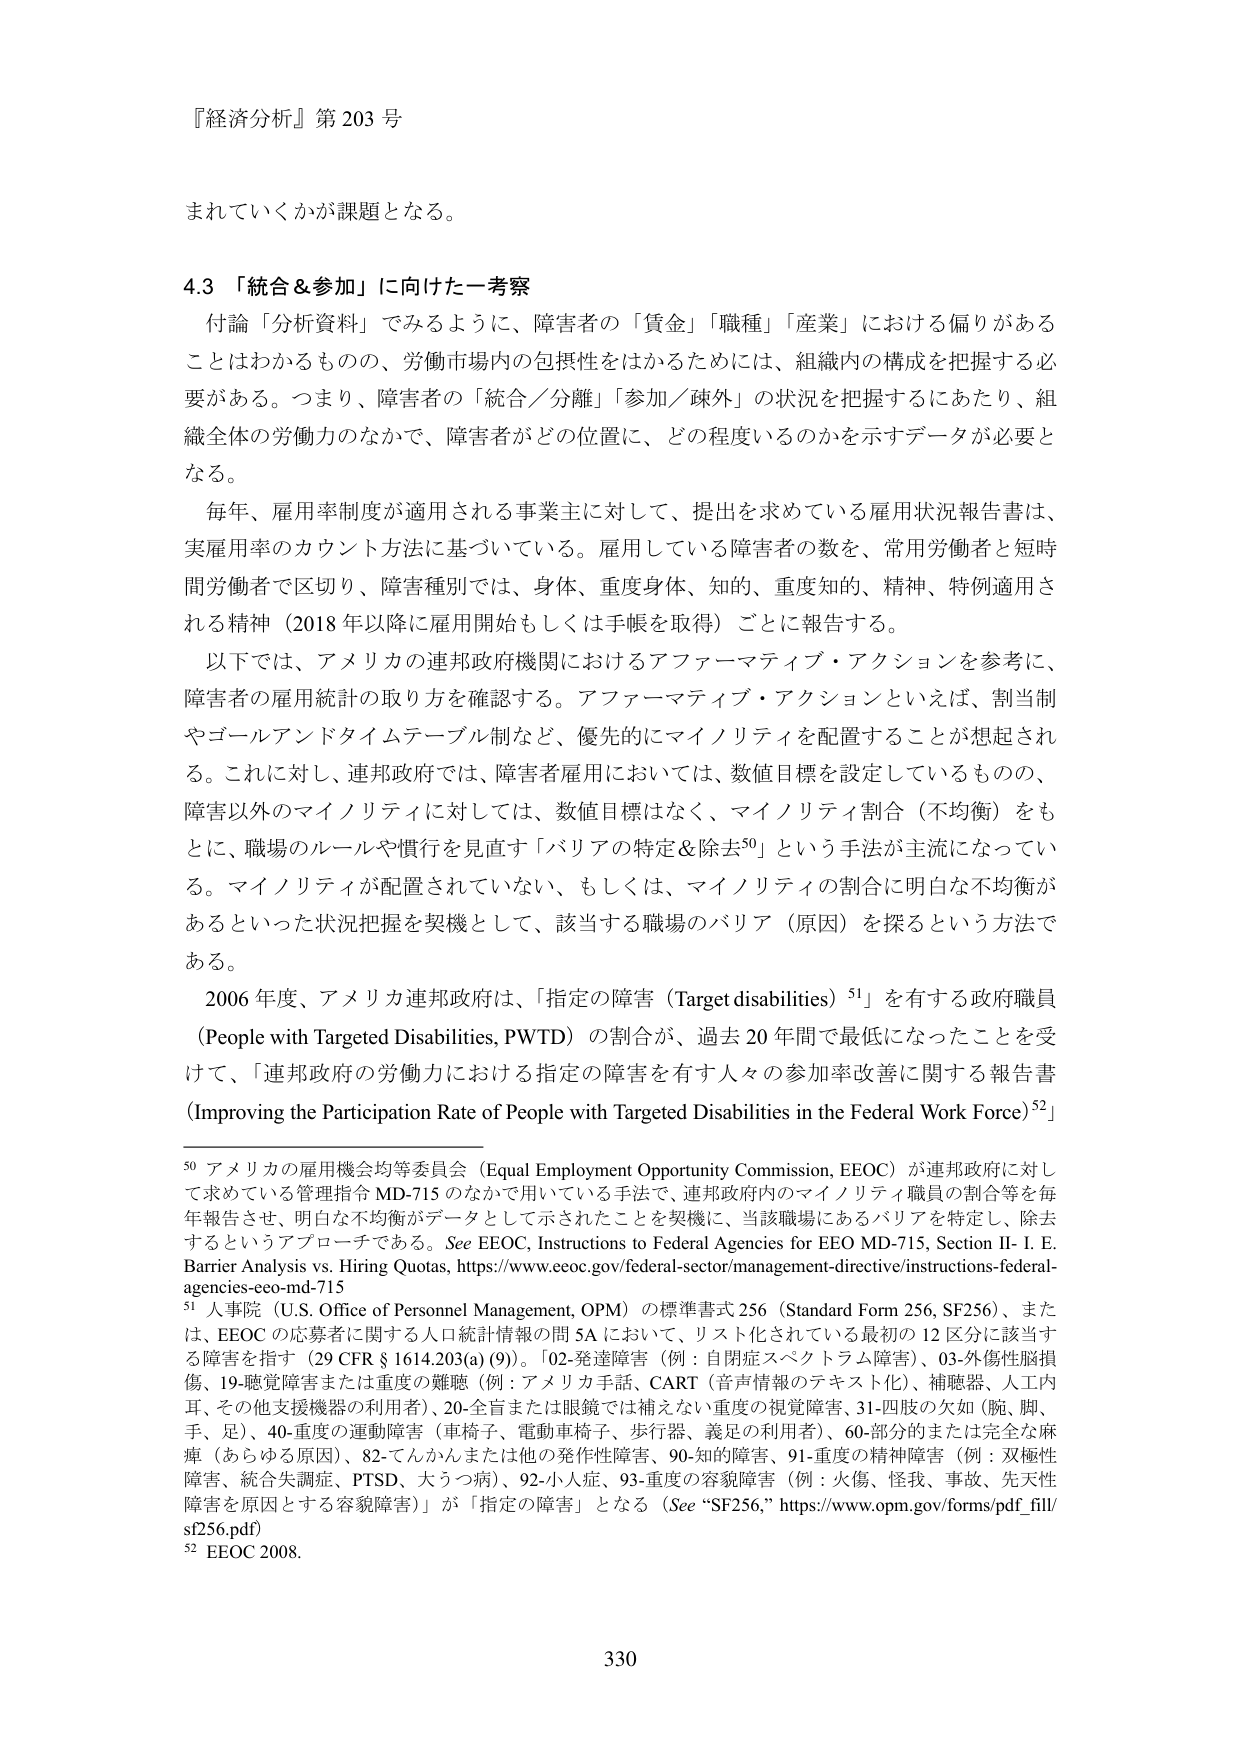
『経済分析』第203号

まれていくかが課題となる。

4.3 「統合＆参加」に向けた一考察

付論「分析資料」でみるように、障害者の「賃金」「職種」「産業」における偏りがあることはわかるものの、労働市場内の包摂性をはかるためには、組織内の構成を把握する必要がある。つまり、障害者の「統合／分離」「参加／疎外」の状況を把握するにあたり、組織全体の労働力のなかで、障害者がどの位置に、どの程度いるのかを示すデータが必要となる。

毎年、雇用率制度が適用される事業主に対して、提出を求めていている雇用状況報告書は、実雇用率のカウント方法に基づいている。雇用している障害者の数を、常用労働者と短時間労働者で区切り、障害種別では、身体、重度身体、知的、重度知的、精神、特例適用される精神（2018年以降に雇用開始もしくは手帳を取得）ごとに報告する。

以下では、アメリカの連邦政府機関におけるアファーマティブ・アクションを参考に、障害者の雇用統計の取り方を確認する。アファーマティブ・アクションといえば、割当制やゴールアンドタイムテーブル制など、優先的にマイノリティを配置することが想起される。これに対し、連邦政府では、障害者雇用においては、数値目標を設定しているものの、障害以外のマイノリティに対しては、数値目標はなく、マイノリティ割合（不均衡）をもとに、職場のルールや慣行を見直す「バリアの特定＆除去⁵⁰」という手法が主流になっている。マイノリティが配置されていない、もしくは、マイノリティの割合に明白な不均衡があるといった状況把握を契機として、該当する職場のバリア（原因）を探るという方法である。

2006年度、アメリカ連邦政府は、「指定の障害（Target disabilities）⁵¹」を有する政府職員（People with Targeted Disabilities, PWTD）の割合が、過去20年間で最低になったことを受けて、「連邦政府の労働力における指定の障害を有する人々の参加率改善に関する報告書（Improving the Participation Rate of People with Targeted Disabilities in the Federal Work Force）⁵²」

⁵⁰ アメリカの雇用機会均等委員会（Equal Employment Opportunity Commission, EEOC）が連邦政府に対して求めている管理指令MD-715のなかで用いている手法で、連邦政府内のマイノリティ職員の割合等を毎年報告させ、明白な不均衡がデータとして示されたことを契機に、当該職場にあるバリアを特定し、除去するというアプローチである。See EEOC, Instructions to Federal Agencies for EEO MD-715, Section II-1. E. Barrier Analysis vs. Hiring Quotas, https://www.eeoc.gov/federal-sector/management-directive/instructions-federal-agencies-eeo-md-715

⁵¹ 人事院（U.S. Office of Personnel Management, OPM）の標準書式256（Standard Form 256, SF256）、または、EEOCの応募者に関する人口統計情報の問5Aにおいて、リスト化されている最初の12区分に該当する障害を指す（29 CFR § 1614.203(a)(9)）。「02-発達障害（例：自閉症スペクトラム障害）、03-外傷性脳損傷、19-聴覚障害または重度の難聴（例：アメリカ手話、CART（音声情報のテキスト化）、補聴器、人工内耳、その他支援機器の利用者）、20-全盲または眼鏡では補えない重度の視覚障害、31-四肢の欠如（腕、脚、手、足）、40-重度の運動障害（車椅子、電動車椅子、歩行器、義足の利用者）、60-部分的または完全な麻痺（あらゆる原因）、82-てんかんまたは他の発作性障害、90-知的障害、91-重度の精神障害（例：双極性障害、統合失調症、PTSD、大うつ病）、92-小人症、93-重度の容貌障害（例：火傷、怪我、事故、先天性障害を原因とする容貌障害）」が「指定の障害」となる（See “SF256,” https://www.opm.gov/forms/pdf_fill/sf256.pdf）

⁵² EEOC 2008.

330